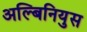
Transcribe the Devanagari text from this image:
अल्बिनियुस